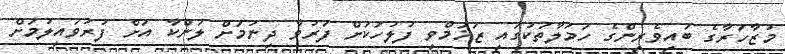
މުޒާހަރާގެ ބައިވެރިންގެ ހަމަލާތަކުގައި ޒަޚަމްވި ފުލުހަކަށް ފަރުވާ ދިނުމަށް ލަންކާ އަށް ފުރުވައިލުމަށް